Indian journal of veterinary science and animal husbandry - Volume 12,
Year: 1942
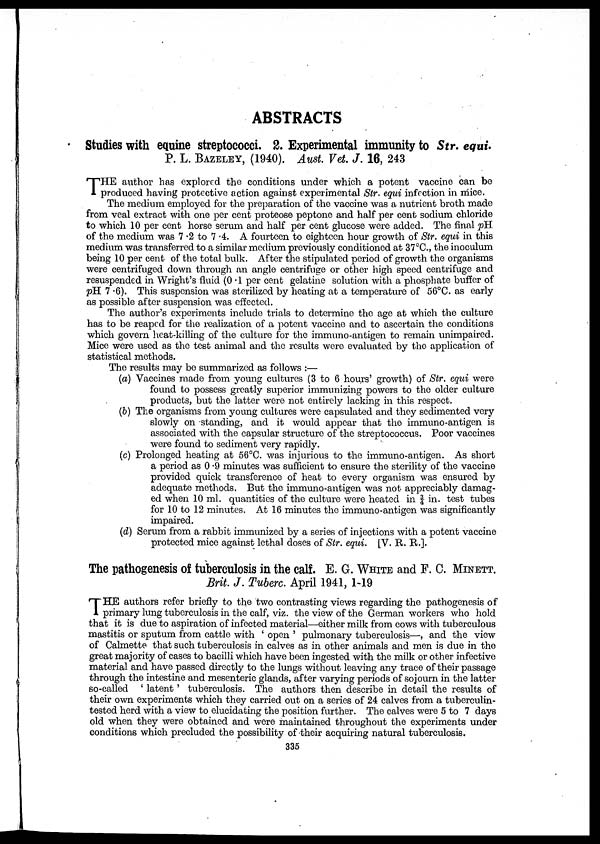
ABSTRACTS
Studies with equine streptococci. 2. Experimental immunity to Str. equi.
P. L. BAZEBLEY, (1940). Aust. Vet. J. 16, 243
T HE author has explored the conditions under which a potent vaccine can be
produced having protective action against experimental Str. equi infection in mice.
The medium employed for the preparation of the vaccine was a nutrient broth made
from veal extract with one per cent proteose peptone and half per cent sodium chloride
to which 10 per cent horse serum and half per cent glucose were added. The final pH.
of the medium was 7.2 to 7.4. A fourteen to eighteen hour growth of Str. equi in this
medium was transferred to a similar medium previously conditioned at 37°C., the inoculum
being 10 per cent of the total bulk. After the stipulated period of growth the organisms
were centrifuged down through an angle centrifuge or other high speed centrifuge and
resuspended in Wright's fluid (0.1 per cent gelatine solution with a phosphate buffer of
pH. 7.6). This suspension was sterilized by heating at a temperature of 56°C. as early
as possible after suspension was effected.
The author's experiments include trials to determine the age at which the culture
has to be reaped for the realization of a potent vaccine and to ascertain the conditions
which govern heat-killing of the culture for the immuno-antigen to remain unimpaired.
Mice were used as the test animal and the results were evaluated by the application of
statistical methods.
The results may be summarized as follows :—
(a) Vaccines made from young cultures (3 to 6 hours' growth) of Str. equi were
found to possess greatly superior immunizing powers to the older culture
products, but the latter were not entirely lacking in this respect.
(b) The organisms from young cultures were capsulated and they sedimented very
slowly on standing, and it would appear that the immuno-antigen is
associated with the capsular structure of the streptococcus. Poor vaccines
were found to sediment very rapidly.
(c) Prolonged heating at 56°C. was injurious to the immuno-antigen. As short
a period as 0.9 minutes was sufficient to ensure the sterility of the vaccine
provided quick transference of heat to every organism was ensured by
adequate methods. But the immuno-antigen was not appreciably damag-
ed when 10 ml. quantities of the culture were heated in ¾ in. test tubes
for 10 to 12 minutes. At 16 minutes the immuno-antigen was significantly
impaired.
(d) Serum from a rabbit immunized by a series of injections with a potent vaccine
protected mice against lethal doses of Str. equi. [V. R. R.].
The pathogenesis of tuberculosis in the calf. E. G. WHITE and F. C. MINETT.
Brit. J. Tuberc. April 1941, 1-19
T HE authors refer briefly to the two contrasting views regarding the pathogenesis of
primary lung tuberculosis in the calf, viz. the view of the German workers who hold
that it is due to aspiration of infected material—either milk from cows with tuberculous
mastitis or sputum from cattle with ' open ' pulmonary tuberculosis—, and the view
of Calmette that such tuberculosis in calves as in other animals and men is due in the
great majority of cases to bacilli which have been ingested with the milk or other infective
material and have passed directly to the lungs without leaving any trace of their passage
through the intestine and mesenteric glands, after varying periods of sojourn in the latter
so-called ' latent' tuberculosis. The authors then describe in detail the results of
their own experiments which they carried out on a series of 24 calves from a tuberculin-
tested herd with a view to elucidating the position further. The calves were 5 to 7 days
old when they were obtained and were maintained throughout the experiments under
conditions which precluded the possibility of their acquiring natural tuberculosis.
335